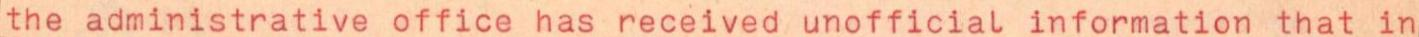
the administrative office has received unofficial information that in